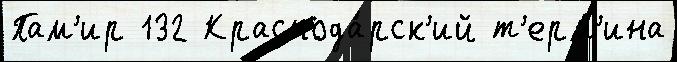
Пам'ир 132 Краснода́рск'ий т'ерм'ина